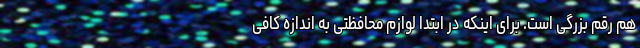
هم رقم بزرگی است. برای اینکه در ابتدا لوازم محافظتی به اندازه کافی